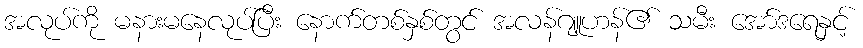
အလုပ်ကို မနားမနေလုပ်ပြီး နောက်တစ်နှစ်တွင် အလန်ဂျူဟန်၏ သမီး အော်ဒရေနှင့်